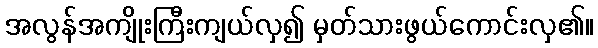
အလွန်အကျိုးကြီးကျယ်လှ၍ မှတ်သားဖွယ်ကောင်းလှ၏။